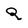
Character: Q